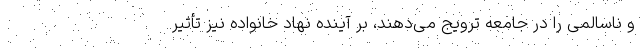
و ناسالمی را در جامعه ترویج می‌دهند، بر آینده نهاد خانواده نیز تأثیر